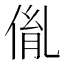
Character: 𠉥